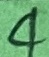
Text: 4